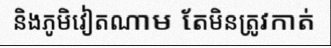
និងភូមិវៀតណាម តែមិនត្រូវកាត់